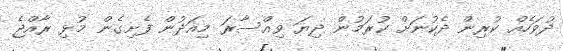
ދުވަހެއް ކުރިން ދެކުނަށް ކުރަމުން ދިޔަ ވިއްސާރަ މިއަދުން ފެށިގެން މުޅި ރާއްޖެ